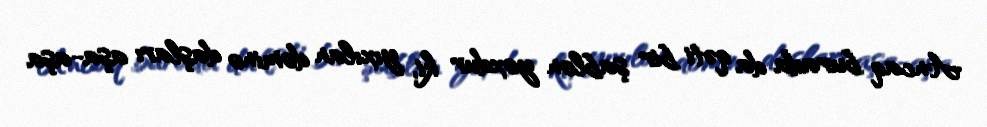
Ancaq burada da qəti bir şablon yoxdur ki, yıxılan domino daşları aşa-aşa